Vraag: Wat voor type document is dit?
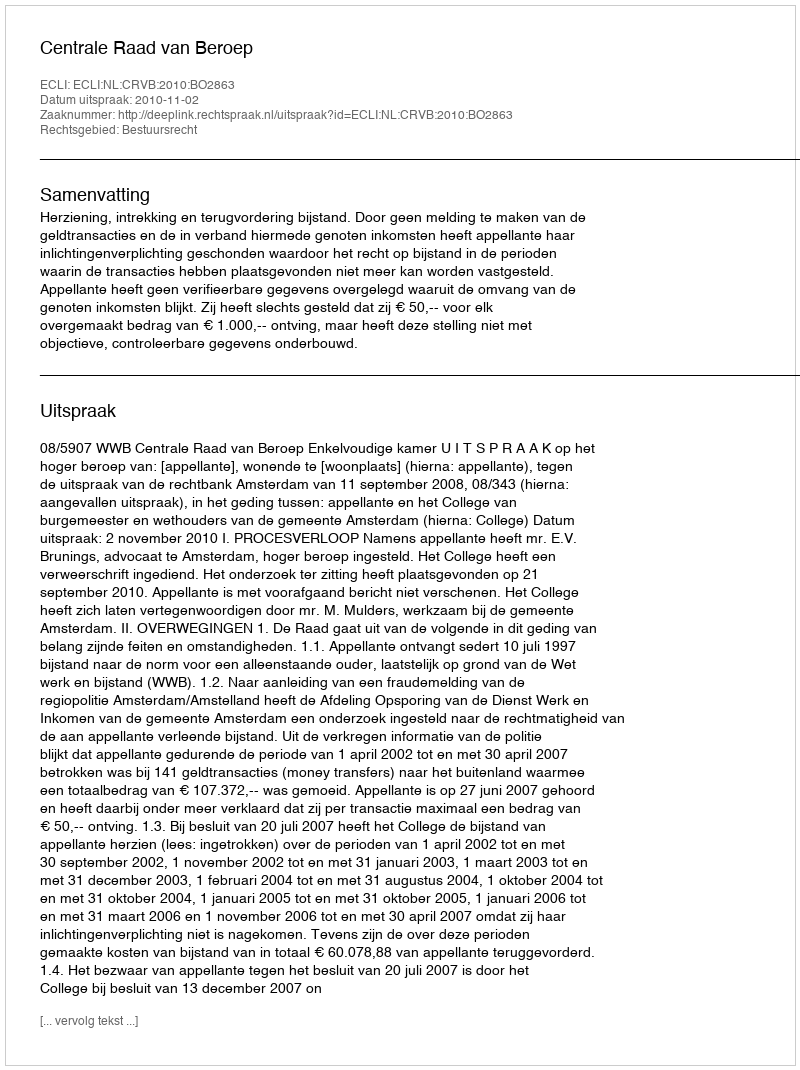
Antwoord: Uitspraak